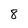
Character: 8